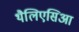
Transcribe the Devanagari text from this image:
थैलिएसिआ